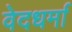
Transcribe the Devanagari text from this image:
वेदधर्मा